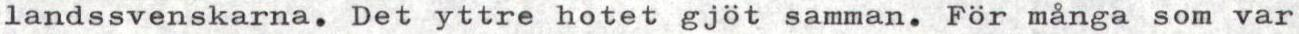
landssvenskarna. Det yttre hotet gjöt samman. För många som var